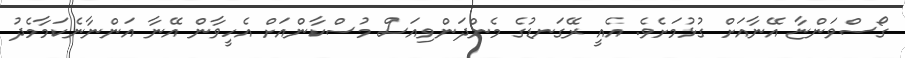
ގޯސްވަންޏާ އޭނާއަށް ގުޅުމަށެވެ. އެއީ ރޭގަނޑުގެ މެންދަންވިއަސް މުސްކާންއަށް އެހީވާން އޭނާ އަންނާނެކަމާމެދު